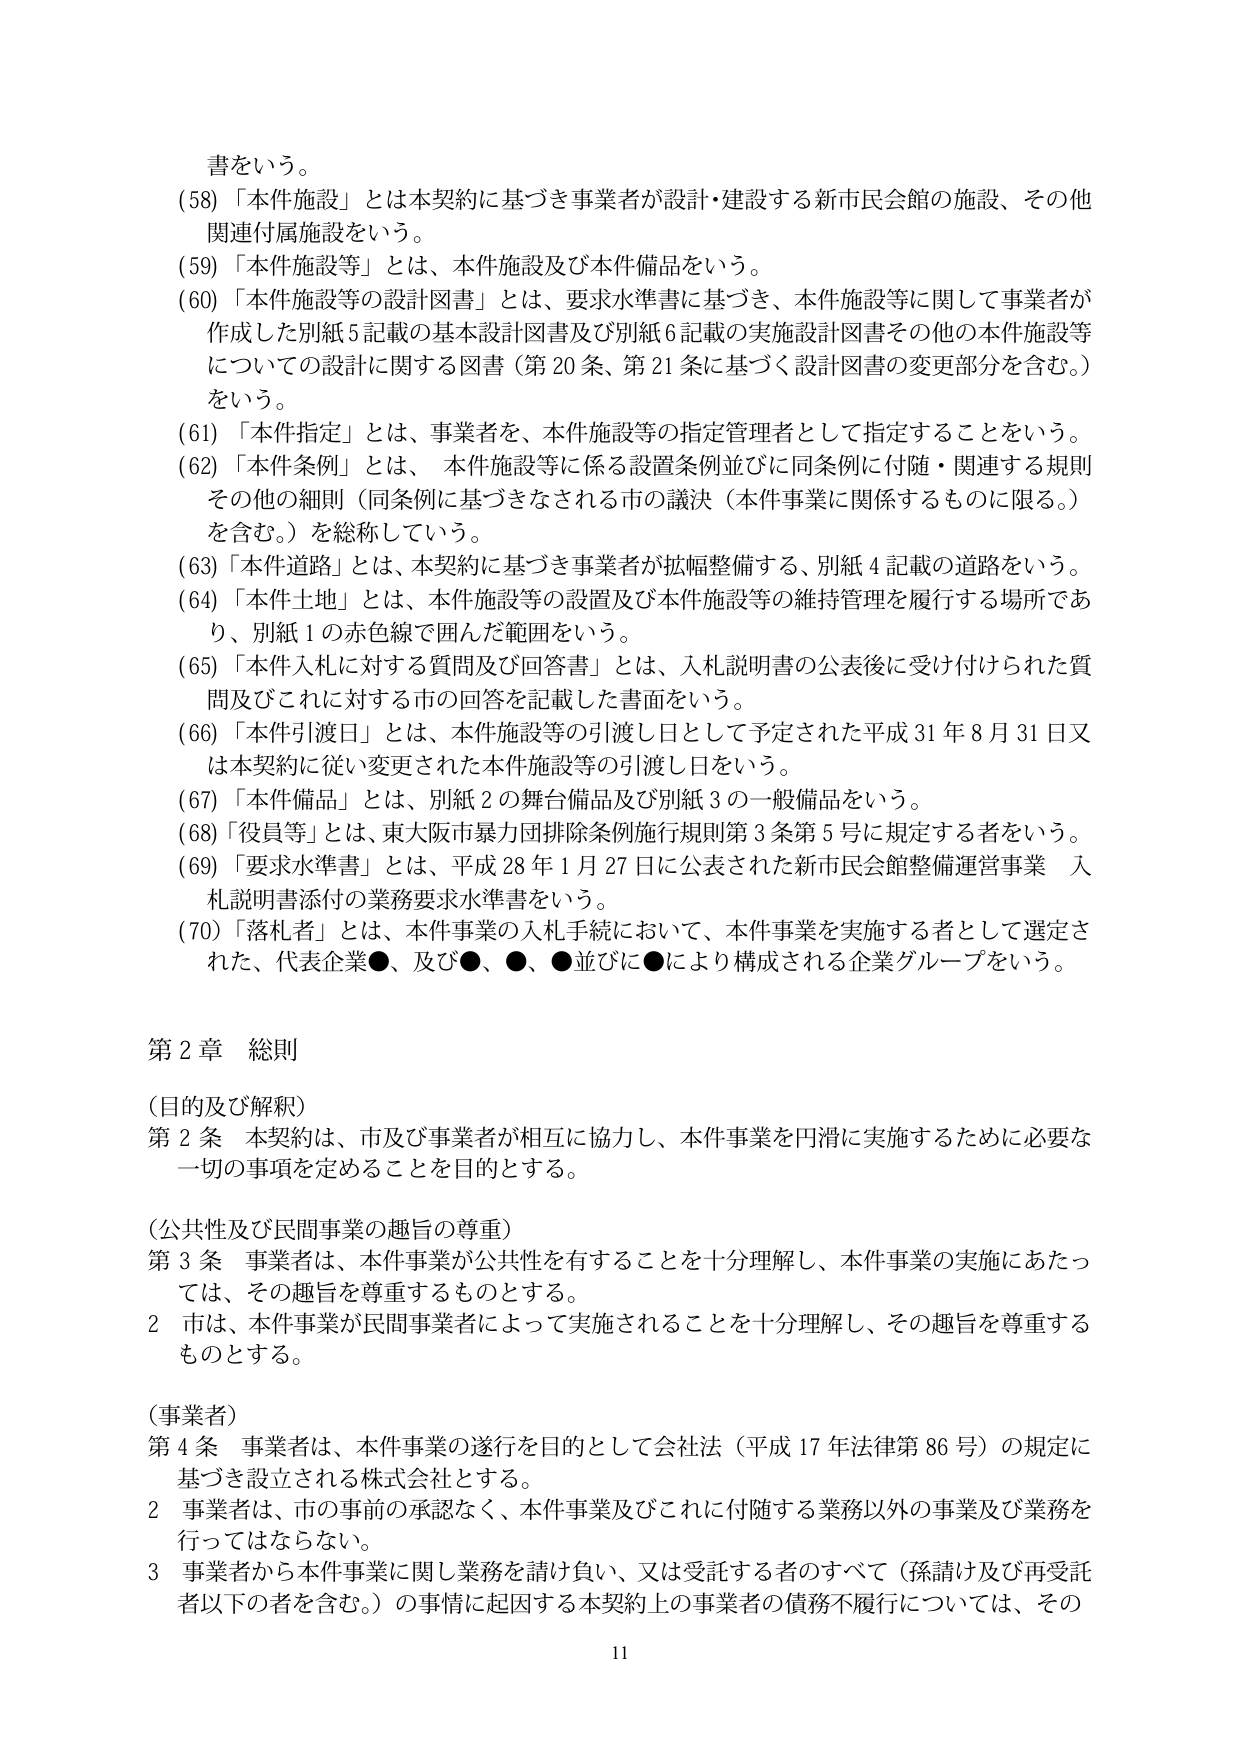
書をいう。
(58)「本件施設」とは本契約に基づき事業者が設計・建設する新市民会館の施設、その他関連付属施設をいう。
(59)「本件施設等」とは、本件施設及び本件備品をいう。
(60)「本件施設等の設計図書」とは、要求水準書に基づき、本件施設等に関して事業者が作成した別紙5記載の基本設計図書及び別紙6記載の実施設計図書その他の本件施設等についての設計に関する図書（第20条、第21条に基づく設計図書の変更部分を含む。）をいう。
(61)「本件指定」とは、事業者を、本件施設等の指定管理者として指定することをいう。
(62)「本件条例」とは、本件施設等に係る設置条例並びに同条例に付随・関連する規則その他の細則（同条例に基づきなされる市の議決（本件事業に関係するものに限る。）を含む。）を総称している。
(63)「本件道路」とは、本契約に基づき事業者が拡幅整備する、別紙4記載の道路をいう。
(64)「本件土地」とは、本件施設等の設置及び本件施設等の維持管理を履行する場所であり、別紙1の赤色線で囲んだ範囲をいう。
(65)「本件入札に対する質問及び回答書」とは、入札説明書の公表後に受け付けられた質問及びこれに対する市の回答を記載した書面をいう。
(66)「本件引渡日」とは、本件施設等の引渡し日として予定された平成31年8月31日又は本契約に従い変更された本件施設等の引渡し日をいう。
(67)「本件備品」とは、別紙2の舞台備品及び別紙3の一般備品をいう。
(68)「役員等」とは、東大阪市暴力団排除条例施行規則第3条第5号に規定する者をいう。
(69)「要求水準書」とは、平成28年1月27日に公表された新市民会館整備運営事業 入札説明書添付の業務要求水準書をいう。
(70)「落札者」とは、本件事業の入札手続において、本件事業を実施する者として選定された、代表企業●、及び●、●、●並びに●により構成される企業グループをいう。

第2章 総則
（目的及び解釈）
第2条 本契約は、市及び事業者が相互に協力し、本件事業を円滑に実施するために必要な一切の事項を定めることを目的とする。
（公共性及び民間事業の趣旨の尊重）
第3条 事業者は、本件事業が公共性を有することを十分理解し、本件事業の実施にあたっては、その趣旨を尊重するものとする。
2 市は、本件事業が民間事業者によって実施されることを十分理解し、その趣旨を尊重するものとする。
（事業者）
第4条 事業者は、本件事業の遂行を目的として会社法（平成17年法律第86号）の規定に基づき設立される株式会社とする。
2 事業者は、市の事前の承認なく、本件事業及びこれに付随する業務以外の事業及び業務を行ってはならない。
3 事業者から本件事業に関し業務を請け負い、又は受託する者のすべて（孫請け及び再受託者以下の者を含む。）の事情に起因する本契約上の事業者の債務不履行については、その
11